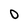
Character: O